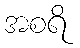
အစရိ